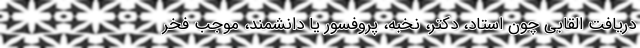
دریافت القابی چون استاد، دکتر، نخبه، پروفسور یا دانشمند، موجب فخر